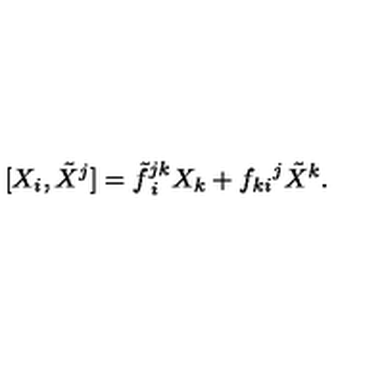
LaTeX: [ X _ { i } , \tilde { X } ^ { j } ] = { \tilde { f } ^ { j k } } _ { \: i } X _ { k } + { f _ { k i } } ^ { j } \tilde { X } ^ { k } .